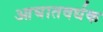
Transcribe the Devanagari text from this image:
आघातवर्धक